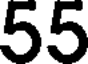
55